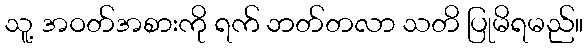
သူ့ အဝတ်အစားကို ရက် ဘတ်တလာ သတိ ပြုမိရမည်။